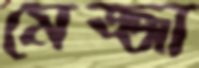
মেজ্জা